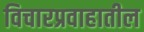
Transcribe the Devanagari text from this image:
विचारप्रवाहातील